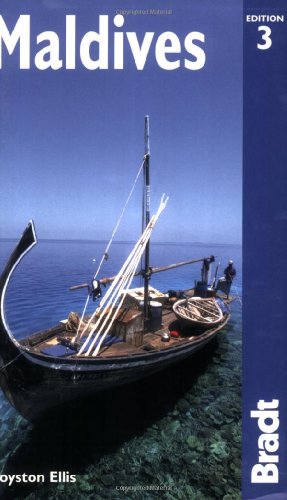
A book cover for Maldives, 3rd: The Bradt Travel Guide; Royston Ellis; Travel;